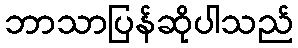
ဘာသာပြန်ဆိုပါသည်